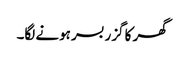
گھر کا گزر بسر ہونے لگا۔